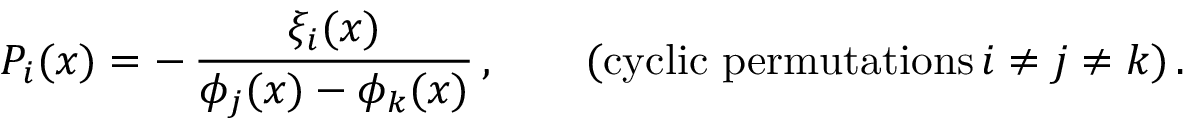
{ \cal P } _ { i } ( x ) = - \, \frac { \xi _ { i } ( x ) } { \phi _ { j } ( x ) - \phi _ { k } ( x ) } \, , \qquad ( \mathrm { c y c l i c ~ p e r m u t a t i o n s } \, i \not = j \not = k ) \, .